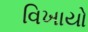
વિખાયો